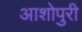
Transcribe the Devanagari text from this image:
आशोपुरी